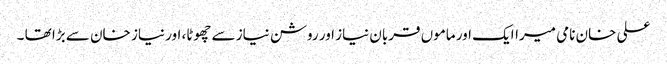
علی خان نامی میراایک اور ماموں قربان نیاز اور روشن نیاز سے چھوٹا، اور نیاز خان سے بڑا تھا ۔